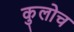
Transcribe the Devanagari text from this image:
कुलोच